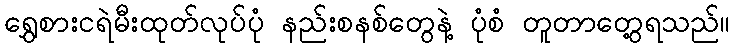
ရွှေစားငရဲမီးထုတ်လုပ်ပုံ နည်းစနစ်တွေနဲ့ ပုံစံ တူတာတွေ့ရသည်။